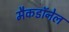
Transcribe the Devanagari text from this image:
मैकडाॅनेल